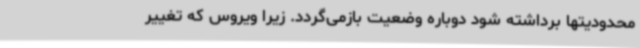
محدودیتها برداشته شود دوباره وضعیت بازمی‌گردد. زیرا ویروس که تغییر